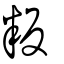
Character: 粄